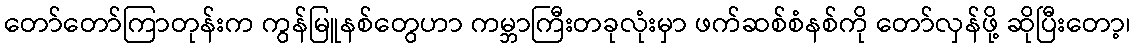
တော်တော်ကြာတုန်းက ကွန်မြူနစ်တွေဟာ ကမ္ဘာကြီးတခုလုံးမှာ ဖက်ဆစ်စံနစ်ကို တော်လှန်ဖို့ ဆိုပြီးတော့၊